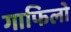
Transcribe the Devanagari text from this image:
गाफिलो